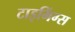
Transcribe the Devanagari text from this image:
टाइमिंग्स